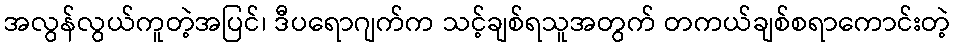
အလွန်လွယ်ကူတဲ့အပြင်၊ ဒီပရောဂျက်က သင့်ချစ်ရသူအတွက် တကယ်ချစ်စရာကောင်းတဲ့